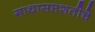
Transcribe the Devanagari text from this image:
गाथासप्तशतीचे